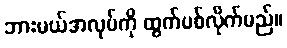
ဘားမယ်အလုပ်ကို ထွက်ပစ်လိုက်မည်။